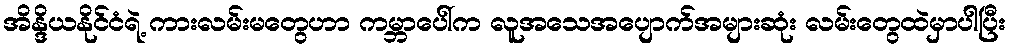
အိန္ဒိယနိုင်ငံရဲ့ ကားလမ်းမတွေဟာ ကမ္ဘာပေါ်က လူအသေအပျောက်အများဆုံး လမ်းတွေထဲမှာပါပြီး